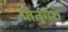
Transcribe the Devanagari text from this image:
पोर्तुगेश